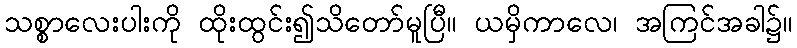
သစ္စာလေးပါးကို ထိုးထွင်း၍သိတော်မူပြီ။ ယမှိကာလေ၊ အကြင်အခါ၌။